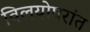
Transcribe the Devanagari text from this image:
विलयोपरांत